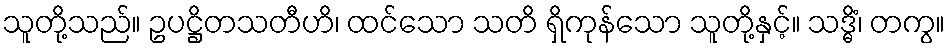
သူတို့သည်။ ဥပဋ္ဌိတသတီဟိ၊ ထင်သော သတိ ရှိကုန်သော သူတို့နှင့်။ သဒ္ဓိံ၊ တကွ။